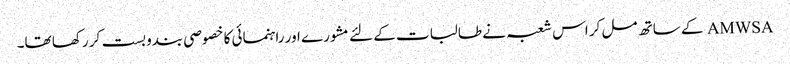
AMWSA کے ساتھ مل کر اس شعبہ نے طالبات کے لئے مشورے اور راہنمائی کا خصوصی بندوبست کر رکھا تھا۔